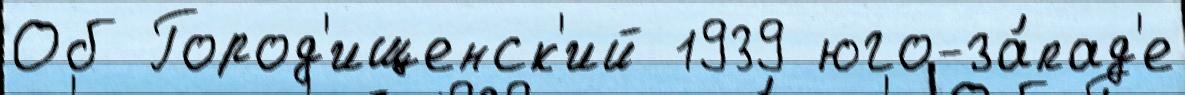
Об Город'ищенск'ий 1939 юго-за́пад'е